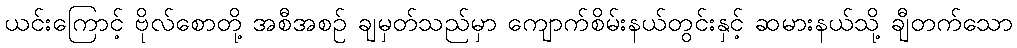
ယင်းကြောင့် ဗိုလ်စောတို့ အစီအစဉ် ချမှတ်သည်မှာ ကျောက်စိမ်းနယ်တွင်းနှင့် ဆမားနယ်သို့ ချီတက်သော